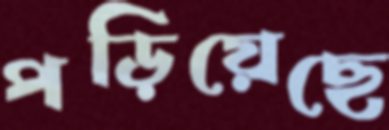
পড়িয়েছে